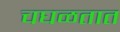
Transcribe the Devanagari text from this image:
चघळतात